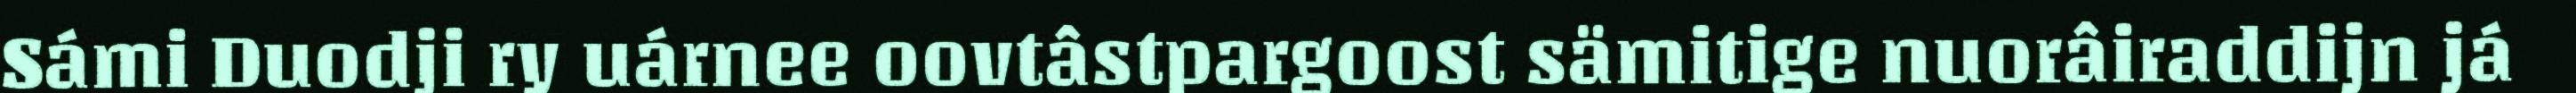
Sámi Duodji ry uárnee oovtâstpargoost sämitige nuorâiraddijn já